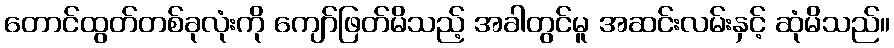
တောင်ထွတ်တစ်ခုလုံးကို ကျော်ဖြတ်မိသည့် အခါတွင်မူ အဆင်းလမ်းနှင့် ဆုံမိသည်။